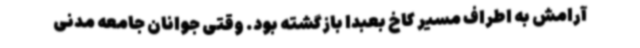
آرامش به اطراف مسیر کاخ بعبدا بازگشته بود. وقتی جوانان جامعه مدنی